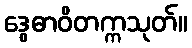
ဒွေဓာဝိတက္ကသုတ်။